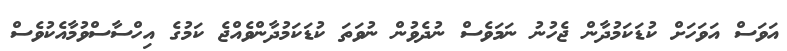
އަވަސް އަވަހަށް ކުޑަކަމުދާން ޖެހުނު ނަމަވެސް ނުދެވުން ނުވަތަ ކުޑަކަމުދާންވެއްޖެ ކަމުގެ އިހްސާސްވުމާއެކުވެސް